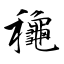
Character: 龝